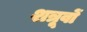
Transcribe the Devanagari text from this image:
शत्रूवों